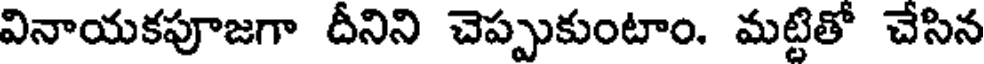
వినాయకపూజగా దీనిని చెప్పుకుంటాం. మట్టితో చేసిన